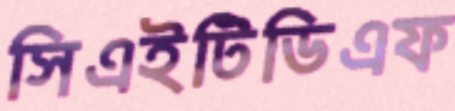
সিএইটিডিএফ